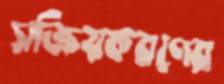
সক্রিয়করণের